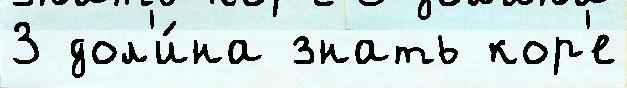
3 дол'и́на знать кор'е